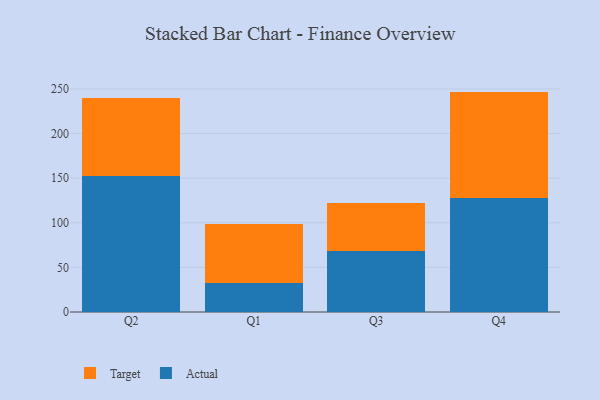
{"axis": {"x": "Quarter", "y": "Satisfaction Score"}, "legend": ["Actual", "Target"], "data": [{"x": "Q2", "y": 152.4, "type": "Actual"}, {"x": "Q2", "y": 87.0, "type": "Target"}, {"x": "Q1", "y": 32.8, "type": "Actual"}, {"x": "Q1", "y": 66.3, "type": "Target"}, {"x": "Q3", "y": 68.2, "type": "Actual"}, {"x": "Q3", "y": 54.2, "type": "Target"}, {"x": "Q4", "y": 127.8, "type": "Actual"}, {"x": "Q4", "y": 119.2, "type": "Target"}]}